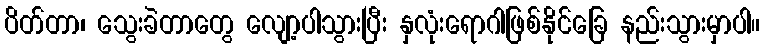
ပိတ်တာ၊ သွေးခဲတာတွေ လျော့ပါသွားပြီး နှလုံးရောဂါဖြစ်နိုင်ခြေ နည်းသွားမှာပါ။